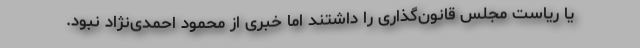
یا ریاست مجلس قانون‌گذاری را داشتند اما خبری از محمود احمدی‌نژاد نبود.